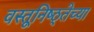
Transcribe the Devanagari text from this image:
वस्तूनिष्ठ्तेच्या